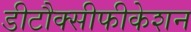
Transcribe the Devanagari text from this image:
डीटौक्सीफीकेशन